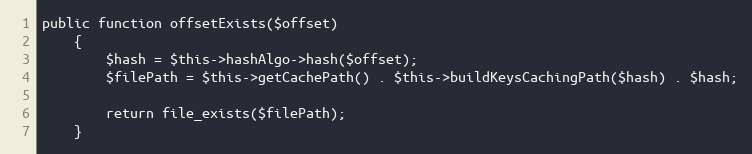
Language: PHP
public function offsetExists($offset)
    {
        $hash = $this->hashAlgo->hash($offset);
        $filePath = $this->getCachePath() . $this->buildKeysCachingPath($hash) . $hash;

        return file_exists($filePath);
    }